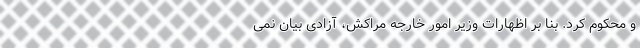
و محکوم کرد. بنا بر اظهارات وزیر امور خارجه مراکش، آزادی بیان نمی